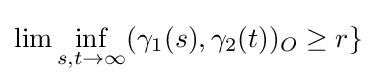
\lim \inf _{s,t\rightarrow \infty }(\gamma _{1}(s),\gamma _{2}(t))_{O}\geq r\}